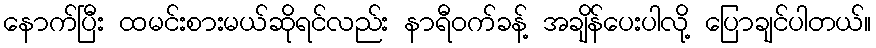
နောက်ပြီး ထမင်းစားမယ်ဆိုရင်လည်း နာရီဝက်ခန့် အချိန်ပေးပါလို့ ပြောချင်ပါတယ်။